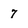
Character: 7